Annual administration report of the Bombay Presidency - 1887-1892
Year: 1887
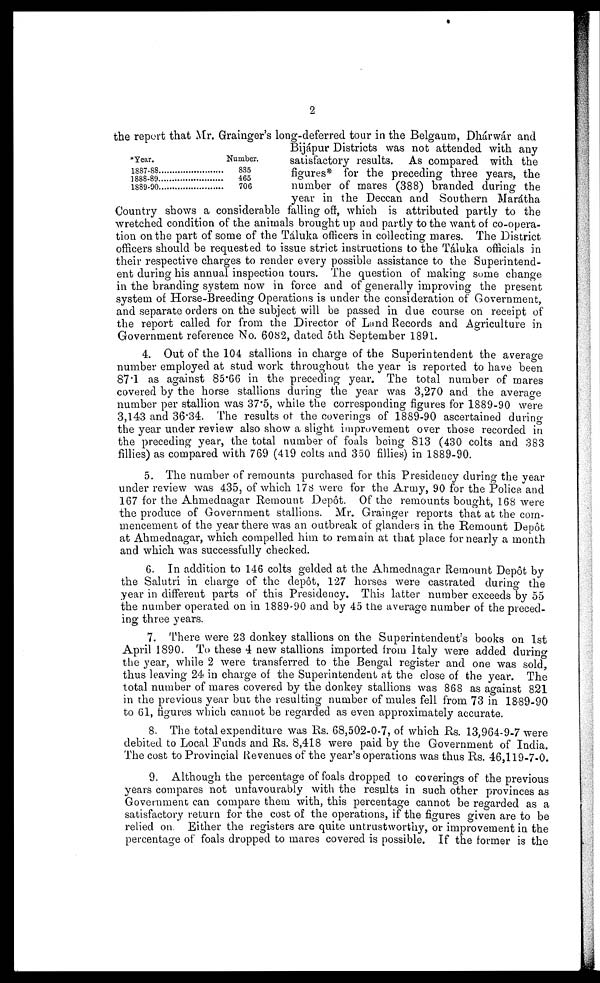
2
*Year.
1887-88.....................
1888-89....................
1889-90................
Number.
835
465
706
the report that Mr. Grainger's long-deferred tour in the Belgaum, Dhárwár and
Bijápur Districts was not attended with any
satisfactory results. As compared with the
figures* for the preceding three years, the
number of mares (388) branded during the
year in the Deccan and Southern Marátha
Country shows a considerable falling off, which is attributed partly to the
wretched condition of the animals brought up and partly to the want of co-opera-
tion on the part of some of the Táluka officers in collecting mares. The District
officers should be requested to issue strict instructions to the Táluka officials in
their respective charges to render every possible assistance to the Superintend-
ent during his annual inspection tours. The question of making some change
in the branding system now in force and of generally improving the present
system of Horse-Breeding Operations is under the consideration of Government,
and separate orders on the subject will be passed in due course on receipt of
the report called for from the Director of Land Records and Agriculture in
Government reference No. 6082, dated 5th September 1891.
4. Out of the 104 stallions in charge of the Superintendent the average
number employed at stud work throughout the year is reported to have been
87.1 as against 85.66 in the preceding year. The total number of mares
covered by the horse stallions during the year was 3,270 and the average
number per stallion was 37.5, while the corresponding figures for 1889-90 were
3,143 and 36.34. The results of the coverings of 1889-90 ascertained during
the year under review also show a slight improvement over those recorded in
the preceding year, the total number of foals being 813 (430 colts and 383
fillies) as compared with 769 (419 colts and 350 fillies) in 1889-90.
5. The number of remounts purchased for this Presidency during the year
under review was 435, of which 178 were for the Army, 90 for the Police and
167 for the Ahmednagar Remount Depôt. Of the remounts bought, 168 were
the produce of Government stallions. Mr. Grainger reports that at the com-
mencement of the year there was an outbreak of glanders in the Remount Depôt
at Ahmednagar, which compelled him to remain at that place for nearly a month
and which was successfully checked.
6. In addition to 146 colts gelded at the Ahmednagar Remount Depôt by
the Salutri in charge of the depôt, 127 horses were castrated during- the
year in different parts of this Presidency. This latter number exceeds by 55
the number operated on in 1889-90 and by 45 the average number of the preced-
ing three years.
7. There were 23 donkey stallions on the Superintendent's books on 1st
April 1890. To these 4 new stallions imported from Italy were added during
the year, while 2 were transferred to the Bengal register and one was sold,
thus leaving 24 in charge of the Superintendent at the close of the year. The
total number of mares covered by the donkey stallions was 868 as against 821
in the previous year but the resulting number of mules fell from 73 in 18-89-90
to 61, figures which cannot be regarded as even approximately accurate.
8. The total expenditure was Rs. 68,502-0-7, of which Rs. 13,964-9-7 were
debited to Local Funds and Rs. 8,418 were paid by the Government of India.
The cost to Provincial Revenues of the year's operations was thus Rs. 46,119-7-0.
9. Although the percentage of foals dropped to coverings of the previous
years compares not unfavourably with the results in such other provinces as
Government can compare them with, this percentage cannot be regarded as a
satisfactory return for the cost of the operations, if the figures given are to be
relied on. Either the registers are quite untrustworthy, or improvement in the
percentage of foals dropped to mares covered is possible. If the former is the